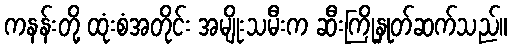
ကနန်းတို့ ထုံးစံအတိုင်း အမျိုးသမီးက ဆီးကြိုနှုတ်ဆက်သည်။